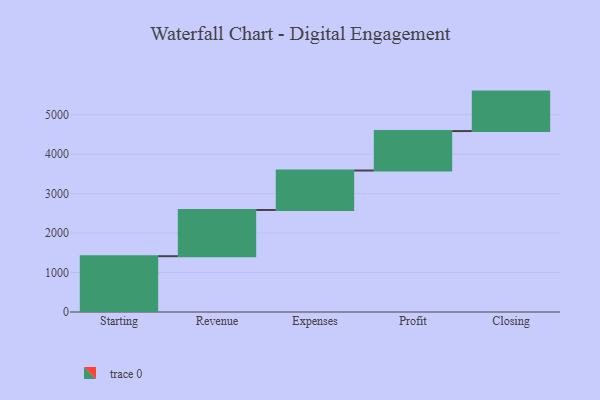
{"axis": {"x": "Step", "y": "Value"}, "legend": [""], "data": [{"x": "Starting", "y": 1414.0, "type": ""}, {"x": "Revenue", "y": 1172.0, "type": ""}, {"x": "Expenses", "y": 1000, "type": ""}, {"x": "Profit", "y": 1000, "type": ""}, {"x": "Closing", "y": 1000, "type": ""}]}